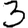
Digit: 3